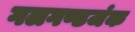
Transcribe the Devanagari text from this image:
गलगण्डजंक